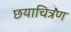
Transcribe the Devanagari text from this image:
छयाचित्रण